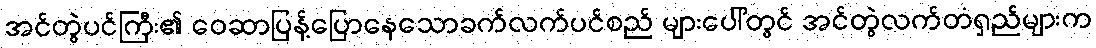
အင်တွဲပင်ကြီး၏ ဝေဆာပြန့်ပြောနေသောခက်လက်ပင်စည် များပေါ်တွင် အင်တွဲလက်တံရှည်များက